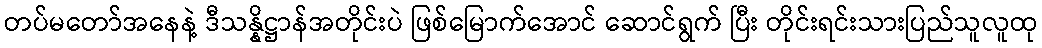
တပ်မတော်အနေနဲ့ ဒီသန္နိဋ္ဌာန်အတိုင်းပဲ ဖြစ်မြောက်အောင် ဆောင်ရွက် ပြီး တိုင်းရင်းသားပြည်သူလူထု